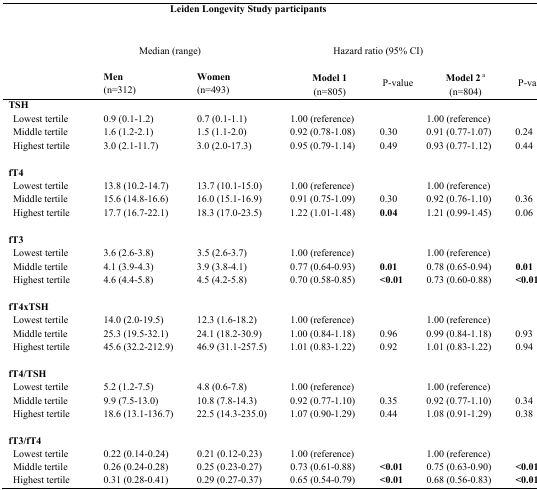
<table><thead><tr><td colspan="7"><b>Leiden Longevity Study participants</b></td></tr><tr><td></td><td colspan="2"><b>Median (range)</b></td><td colspan="4"><b>Hazard ratio (95% CI)</b></td></tr><tr><td></td><td><b>Men(n=312)</b></td><td><b>Women(n=493)</b></td><td><b>Model 1(n=805)</b></td><td><b>P-value</b></td><td><b>Model 2 <sup>a</sup> (n=804)</b></td><td><b>P-value</b></td></tr></thead><tbody><tr><td><b>TSH</b></td><td></td><td></td><td></td><td></td><td></td><td></td></tr><tr><td> Lowest tertile</td><td>0.9 (0.1-1.2)</td><td>0.7 (0.1-1.1)</td><td>1.00 (reference)</td><td></td><td>1.00 (reference)</td><td></td></tr><tr><td> Middle tertile</td><td>1.6 (1.2-2.1)</td><td>1.5 (1.1-2.0)</td><td>0.92 (0.78-1.08)</td><td>0.30</td><td>0.91 (0.77-1.07)</td><td>0.24</td></tr><tr><td> Highest tertile</td><td>3.0 (2.1-11.7)</td><td>3.0 (2.0-17.3)</td><td>0.95 (0.79-1.14)</td><td>0.49</td><td>0.93 (0.77-1.12)</td><td>0.44</td></tr><tr><td><b>fT4</b></td><td></td><td></td><td></td><td></td><td></td><td></td></tr><tr><td> Lowest tertile</td><td>13.8 (10.2-14.7)</td><td>13.7 (10.1-15.0)</td><td>1.00 (reference)</td><td></td><td>1.00 (reference)</td><td></td></tr><tr><td> Middle tertile</td><td>15.6 (14.8-16.6)</td><td>16.0 (15.1-16.9)</td><td>0.91 (0.75-1.09)</td><td>0.30</td><td>0.92 (0.76-1.10)</td><td>0.36</td></tr><tr><td> Highest tertile</td><td>17.7 (16.7-22.1)</td><td>18.3 (17.0-23.5)</td><td>1.22 (1.01-1.48)</td><td><b>0.04</b></td><td>1.21 (0.99-1.45)</td><td>0.06</td></tr><tr><td><b>fT3</b></td><td></td><td></td><td></td><td></td><td></td><td></td></tr><tr><td> Lowest tertile</td><td>3.6 (2.6-3.8)</td><td>3.5 (2.6-3.7)</td><td>1.00 (reference)</td><td></td><td>1.00 (reference)</td><td></td></tr><tr><td> Middle tertile</td><td>4.1 (3.9-4.3)</td><td>3.9 (3.8-4.1)</td><td>0.77 (0.64-0.93)</td><td><b>0.01</b></td><td>0.78 (0.65-0.94)</td><td><b>0.01</b></td></tr><tr><td> Highest tertile</td><td>4.6 (4.4-5.8)</td><td>4.5 (4.2-5.8)</td><td>0.70 (0.58-0.85)</td><td><b>&lt;0.01</b></td><td>0.73 (0.60-0.88)</td><td><b>&lt;0.01</b></td></tr><tr><td><b>fT4xTSH</b></td><td></td><td></td><td></td><td></td><td></td><td></td></tr><tr><td> Lowest tertile</td><td>14.0 (2.0-19.5)</td><td>12.3 (1.6-18.2)</td><td>1.00 (reference)</td><td></td><td>1.00 (reference)</td><td></td></tr><tr><td> Middle tertile</td><td>25.3 (19.5-32.1)</td><td>24.1 (18.2-30.9)</td><td>1.00 (0.84-1.18)</td><td>0.96</td><td>0.99 (0.84-1.18)</td><td>0.93</td></tr><tr><td> Highest tertile</td><td>45.6 (32.2-212.9</td><td>46.9 (31.1-257.5)</td><td>1.01 (0.83-1.22)</td><td>0.92</td><td>1.01 (0.83-1.22)</td><td>0.94</td></tr><tr><td><b>fT4/TSH</b></td><td></td><td></td><td></td><td></td><td></td><td></td></tr><tr><td> Lowest tertile</td><td>5.2 (1.2-7.5)</td><td>4.8 (0.6-7.8)</td><td>1.00 (reference)</td><td></td><td>1.00 (reference)</td><td></td></tr><tr><td> Middle tertile</td><td>9.9 (7.5-13.0)</td><td>10.8 (7.8-14.3)</td><td>0.92 (0.77-1.10)</td><td>0.35</td><td>0.92 (0.77-1.10)</td><td>0.34</td></tr><tr><td> Highest tertile</td><td>18.6 (13.1-136.7)</td><td>22.5 (14.3-235.0)</td><td>1.07 (0.90-1.29)</td><td>0.44</td><td>1.08 (0.91-1.29)</td><td>0.38</td></tr><tr><td><b>fT3/fT4</b></td><td></td><td></td><td></td><td></td><td></td><td></td></tr><tr><td> Lowest tertile</td><td>0.22 (0.14-0.24)</td><td>0.21 (0.12-0.23)</td><td>1.00 (reference)</td><td></td><td>1.00 (reference)</td><td></td></tr><tr><td> Middle tertile</td><td>0.26 (0.24-0.28)</td><td>0.25 (0.23-0.27)</td><td>0.73 (0.61-0.88)</td><td><b>&lt;0.01</b></td><td>0.75 (0.63-0.90)</td><td><b>&lt;0.01</b></td></tr><tr><td> Highest tertile</td><td>0.31 (0.28-0.41)</td><td>0.29 (0.27-0.37)</td><td>0.65 (0.54-0.79)</td><td><b>&lt;0.01</b></td><td>0.68 (0.56-0.83)</td><td><b>&lt;0.01</b></td></tr></tbody></table>